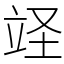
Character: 䇈